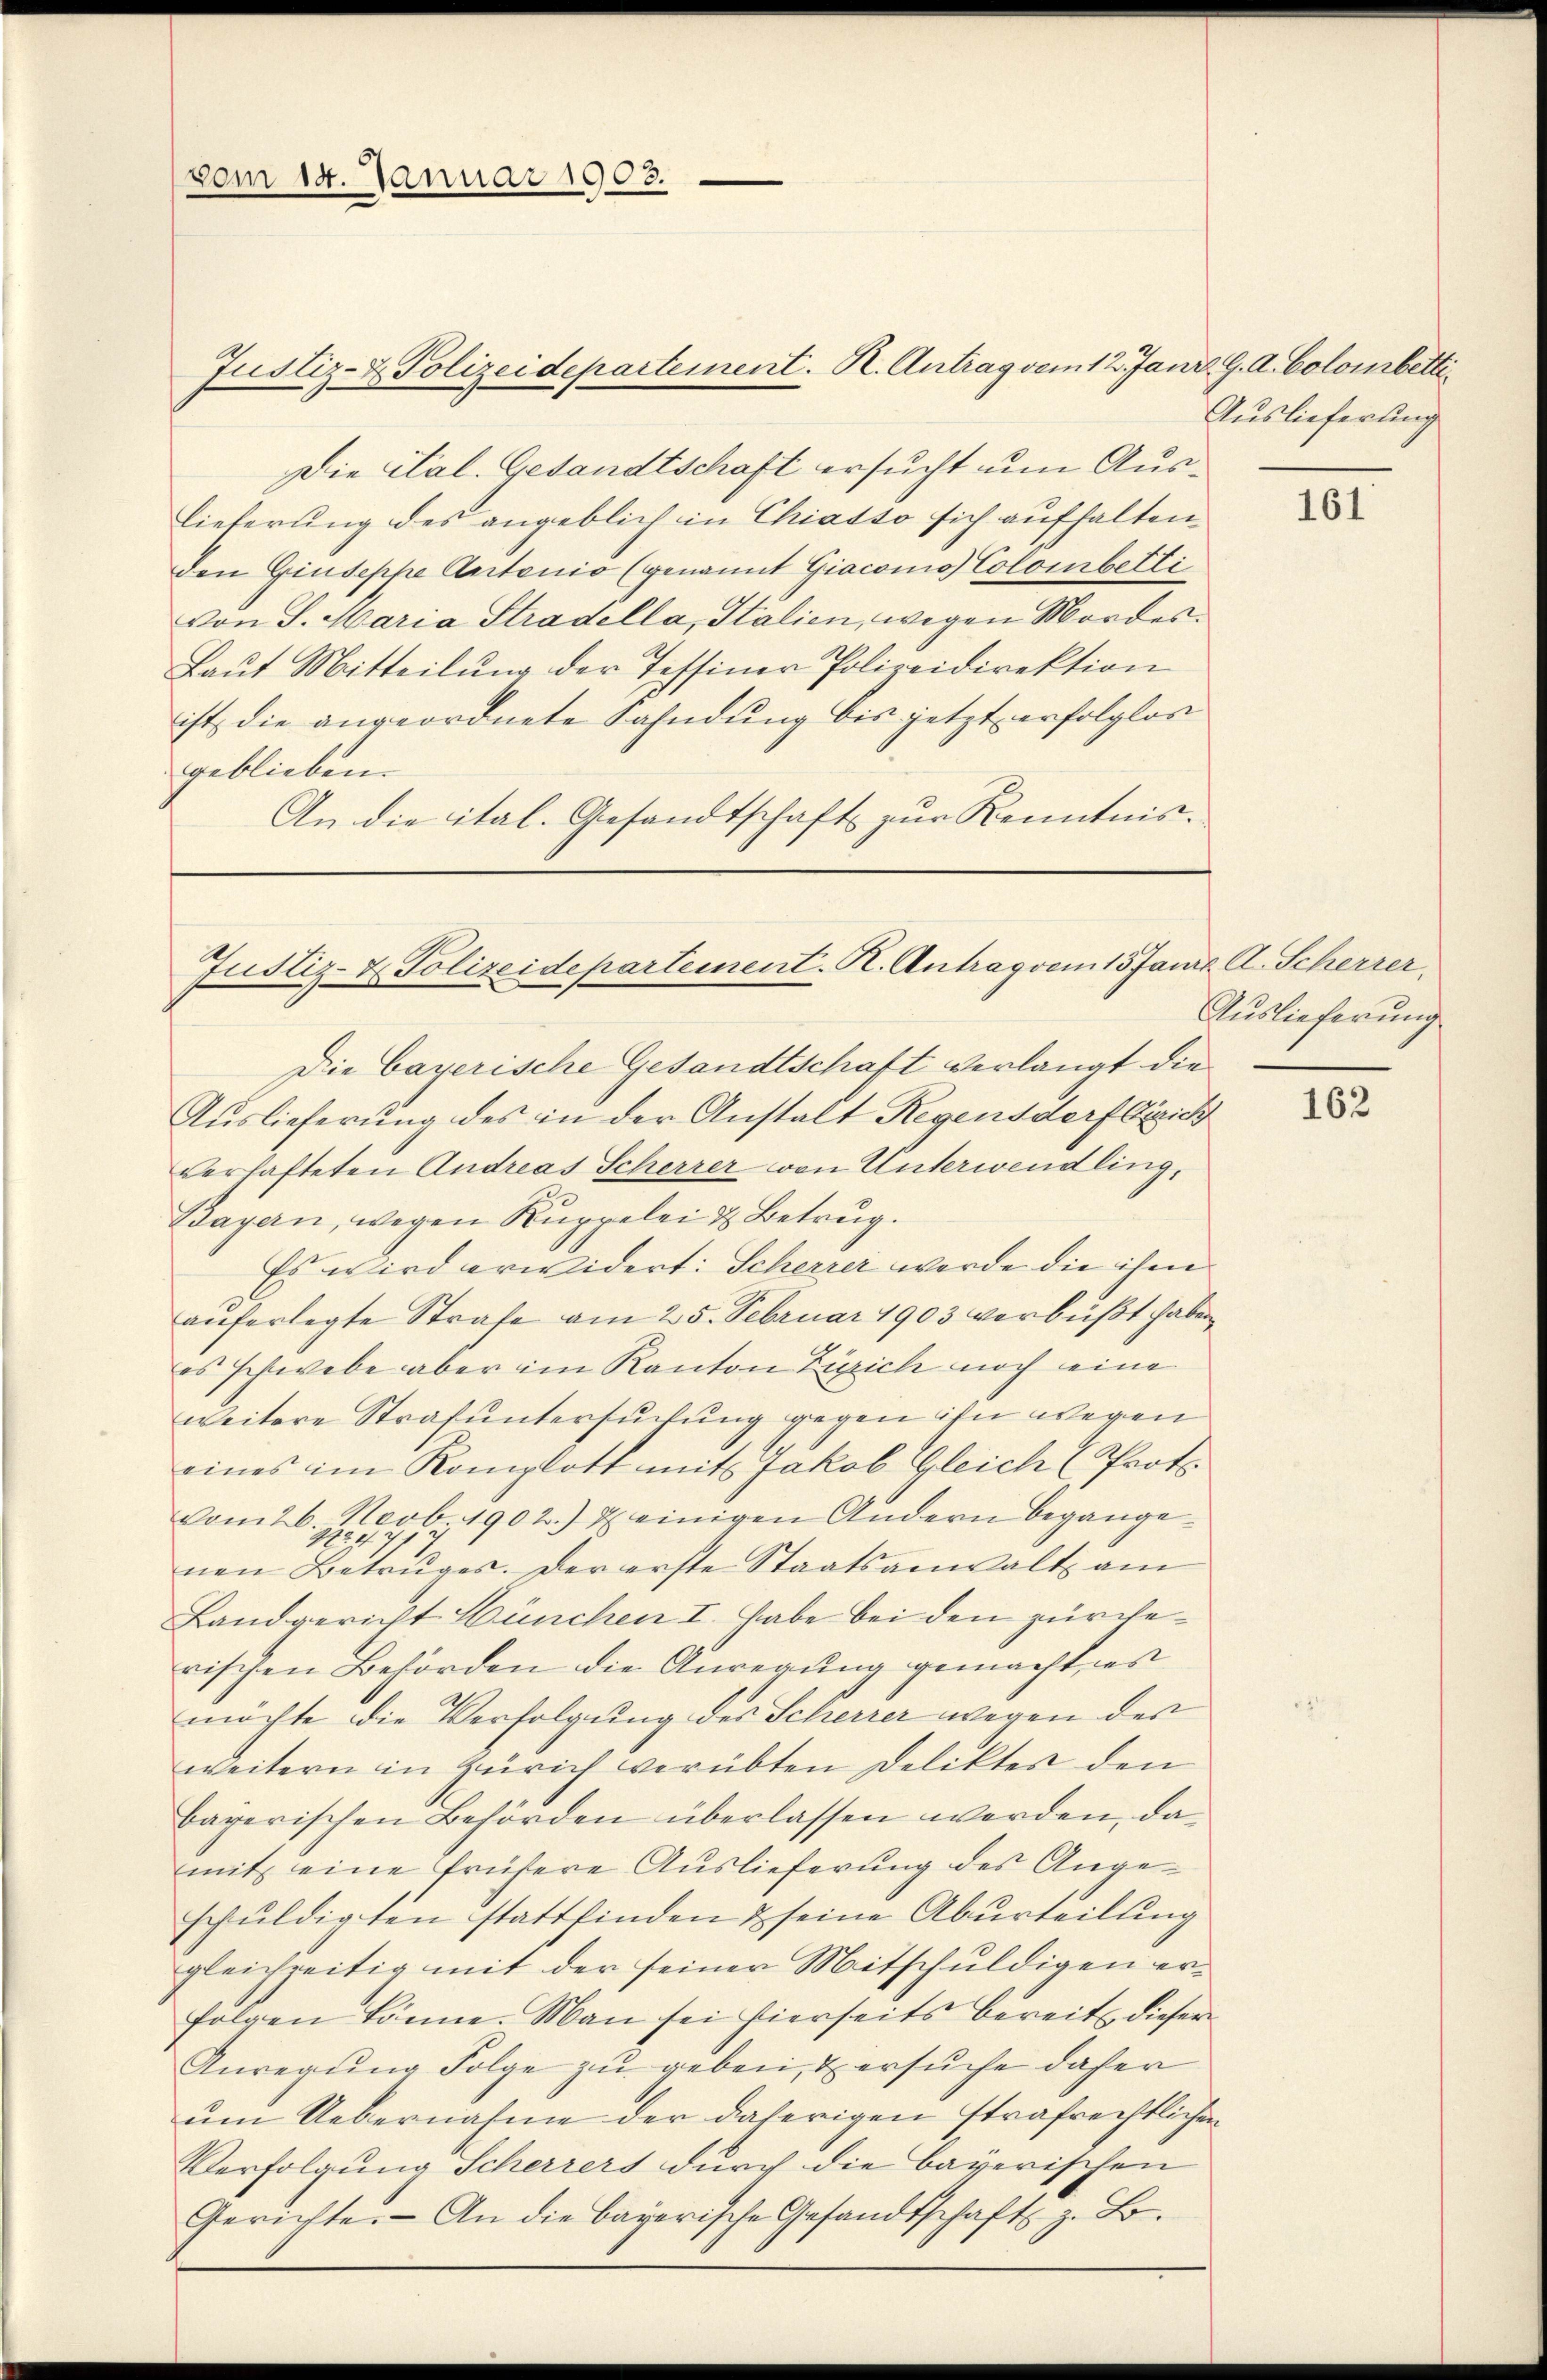
vom 14. Januar 1903.

Die Cal. Gesandtschaft ersucht um Auslieferung des angeblich in Chiasso sich aufhalten,
den Giusephe Antonio (genannt Giacono Colombetti
von S. Maria Stradella, Italien, wegen Mordes¬
Laut Mitteilung der Tessiner Polizeidirektion
ist die angeordnete Fahndung bis jetzt erfolglos
geblieben.
An die ital. Gesandtschaft zur Kenntnis.

Justiz- & Polizeidepartement. R. Antrag vom 12. Janr. G. A. Colombetti¬

Justiz- & Polizeidepartement. R. Antrag vom 15 Janr. A. Scherrer,

Die bayerische Gesandtschaft verlangt die
Auslieferung des in der Anstalt Regensdorf Gerich
verhafteten Andreas Scherrer von Unterwendling,
Bayern, wegen Ruppelei & Betrug.
Es wird erwidert: Scherrer werde die ihm
auferlegte Strafe am 25. Februar 1903 verbüßt haben
es schwebe aber im Kanton Zürich noch eine
weitere Strafuntersuchung gegen ihn wegen
eines im Komplott mit Jakob Gleich (Prot
vom 26. Novb. 1902) u. einigen Andern begangenen Betruges. Der erste Staatsanwalt am
Landgericht Hünchen I. habe bei den zur werischen Behörden die Anregung gemacht, es
möchte die Verfolgung des Scherrer wegen der
weitern in Zürich verübten Deliktes den
bayerischen Behörden überlassen werden, damit eine frühere Auslieferung des Angeschuldigten stattfinden & seine Aburteilung
gleichzeitig mit der seiner Mitschuldigen erfolgen könne. Man sei hierseits bereits dieser
Anregŭng Folge zu geben, & ersuche daher
ŭm Uebernahme der daherigen strafrechtlichen
Verfolgung Scherrers durch die bayerischen
Gerichte. An die bayerische Gesandtschaft z. B.

Auslieferung

161

Auslieferung

162